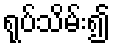
ရုပ်သိမ်း၍